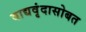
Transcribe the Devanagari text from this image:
वाद्यवृंदासोबत